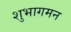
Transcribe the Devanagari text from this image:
शुभागमन